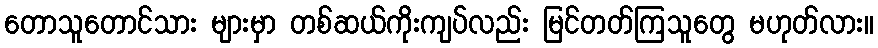
တောသူတောင်သား များမှာ တစ်ဆယ်ကိုးကျပ်လည်း မြင်တတ်ကြသူတွေ မဟုတ်လား။